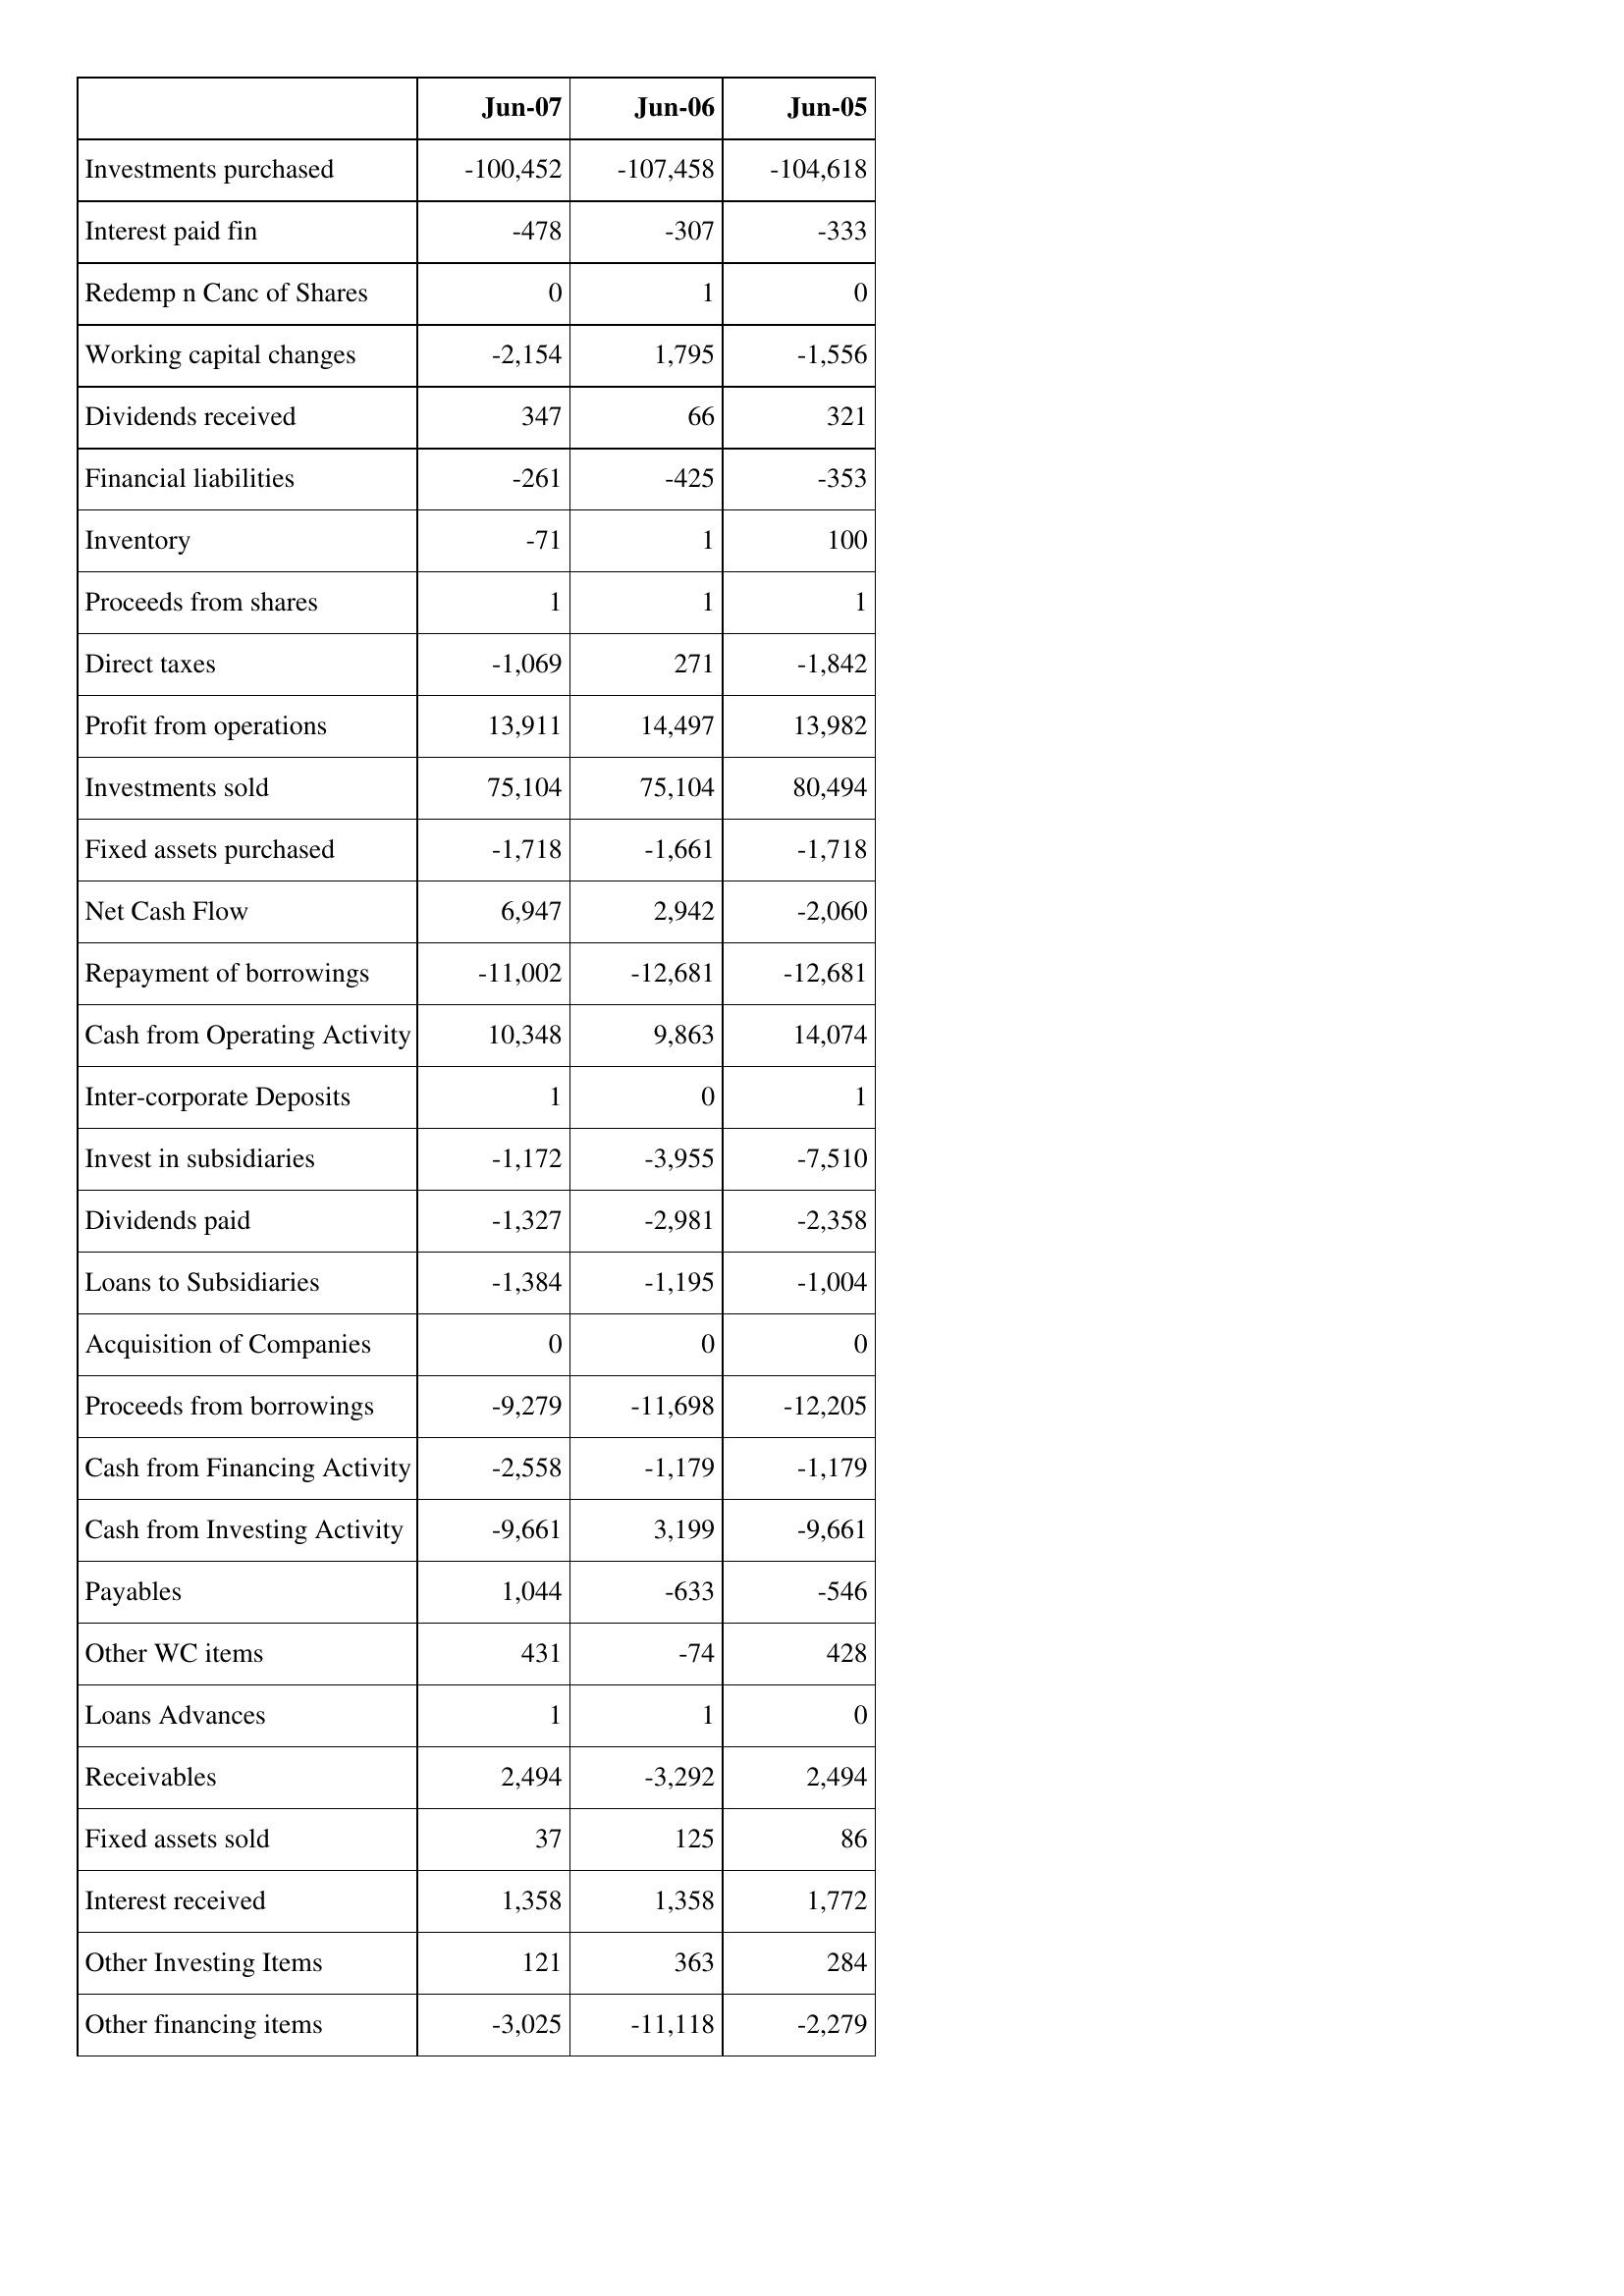
Jun-07: Cash Flows: Investments purchased: -100,452
Interest paid fin: -478
Redemp n Canc of Shares: 0
Working capital changes: -2,154
Dividends received: 347
Financial liabilities: -261
Inventory: -71
Proceeds from shares: 1
Direct taxes: -1,069
Profit from operations: 13,911
Investments sold: 75,104
Fixed assets purchased: -1,718
Net Cash Flow: 6,947
Repayment of borrowings: -11,002
Cash from Operating Activity: 10,348
Inter-corporate Deposits: 1
Invest in subsidiaries: -1,172
Dividends paid: -1,327
Loans to Subsidiaries: -1,384
Acquisition of Companies: 0
Proceeds from borrowings: -9,279
Cash from Financing Activity: -2,558
Cash from Investing Activity: -9,661
Payables: 1,044
Other WC items: 431
Loans Advances: 1
Receivables: 2,494
Fixed assets sold: 37
Interest received: 1,358
Other Investing Items: 121
Other financing items: -3,025
Jun-06: Cash Flows: Investments purchased: -107,458
Interest paid fin: -307
Redemp n Canc of Shares: 1
Working capital changes: 1,795
Dividends received: 66
Financial liabilities: -425
Inventory: 1
Proceeds from shares: 1
Direct taxes: 271
Profit from operations: 14,497
Investments sold: 75,104
Fixed assets purchased: -1,661
Net Cash Flow: 2,942
Repayment of borrowings: -12,681
Cash from Operating Activity: 9,863
Inter-corporate Deposits: 0
Invest in subsidiaries: -3,955
Dividends paid: -2,981
Loans to Subsidiaries: -1,195
Acquisition of Companies: 0
Proceeds from borrowings: -11,698
Cash from Financing Activity: -1,179
Cash from Investing Activity: 3,199
Payables: -633
Other WC items: -74
Loans Advances: 1
Receivables: -3,292
Fixed assets sold: 125
Interest received: 1,358
Other Investing Items: 363
Other financing items: -11,118
Jun-05: Cash Flows: Investments purchased: -104,618
Interest paid fin: -333
Redemp n Canc of Shares: 0
Working capital changes: -1,556
Dividends received: 321
Financial liabilities: -353
Inventory: 100
Proceeds from shares: 1
Direct taxes: -1,842
Profit from operations: 13,982
Investments sold: 80,494
Fixed assets purchased: -1,718
Net Cash Flow: -2,060
Repayment of borrowings: -12,681
Cash from Operating Activity: 14,074
Inter-corporate Deposits: 1
Invest in subsidiaries: -7,510
Dividends paid: -2,358
Loans to Subsidiaries: -1,004
Acquisition of Companies: 0
Proceeds from borrowings: -12,205
Cash from Financing Activity: -1,179
Cash from Investing Activity: -9,661
Payables: -546
Other WC items: 428
Loans Advances: 0
Receivables: 2,494
Fixed assets sold: 86
Interest received: 1,772
Other Investing Items: 284
Other financing items: -2,279